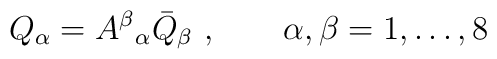
Q_{\alpha} = {A^{\beta}}_{\alpha}\bar Q_{\beta}~,\qquad                                        \alpha,\beta=1,\ldots,8